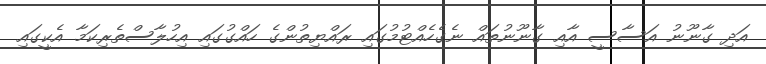
އަދި ގާނޫނު އަސާސީ އާއި ގާނޫނުތައް ނެގެހެއްޓުމުގައި ރައްޔިތުންގެ ހައްގުގައި އިހުލާސްތެރިކަމާ އެކީގައި